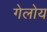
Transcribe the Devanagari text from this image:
गेलोय